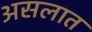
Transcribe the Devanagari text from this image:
असलात